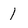
Character: 1